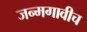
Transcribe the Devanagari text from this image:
जन्मगावीच